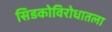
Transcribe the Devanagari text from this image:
सिडकोविरोधातला